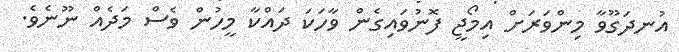
އުނދަގޫވާ މިންވަރަށް އިމޯޖީ ފޮނުވައިގެން ވާހަކަ ދައްކާ މީހުން ވެސް މަދެއް ނޫނެވެ.